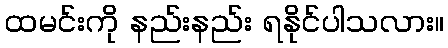
ထမင်းကို နည်းနည်း ရနိုင်ပါသလား။